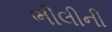
ભીલીની